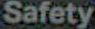
Safety